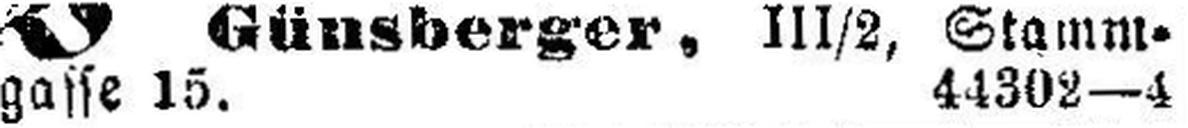
gasse 15. 44302—4